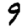
Digit: 9